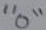
Text: "0"